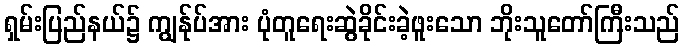
ရှမ်းပြည်နယ်၌ ကျွန်ုပ်အား ပုံတူရေးဆွဲခိုင်းခဲ့ဖူးသော ဘိုးသူတော်ကြီးသည်